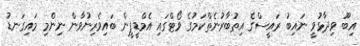
އިބޫ ވިދާޅުވީ ނައިބު ރައީސްގެ އިތުބާރުނެތްކަމުގެ ވޯޓްގައި އެމްޑީޕީން ބައިވެރިނުވާން ނިންމި މައިގަނޑު